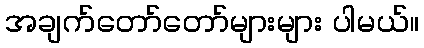
အချက်တော်တော်များများ ပါမယ်။